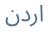
اردن